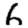
Digit: 6